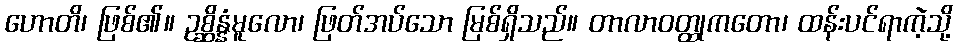
ဟောတိ၊ ဖြစ်၏။ ဥစ္ဆိန္နံမူလော၊ ဖြတ်အပ်သော မြစ်ရှိသည်။ တာလာဝတ္ထုကတော၊ ထန်းပင်ရာကဲ့သို့